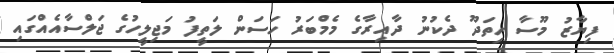
ފިޔާޒު މޫސާ ހިތަދޫ ދެކުނު ދާއިރާގެ މެމްބަރު ހަސަން ލަތީފު މަޖިލީހުގެ ޖަލްސާއެއްގައި